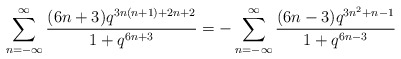
\begin{align*}\sum_{n=-\infty}^\infty \frac{(6n+3)q^{3n(n+1)+2n+2}}{1+q^{6n+3}}=-\sum_{n=-\infty}^\infty \frac{(6n-3)q^{3n^2+n-1}}{1+q^{6n-3}}\end{align*}